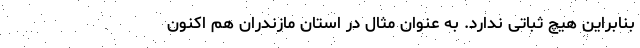
بنابراین هیچ ثباتی ندارد. به عنوان مثال در استان مازندران هم اکنون